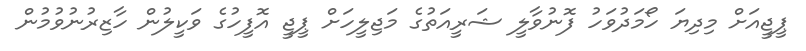
ޕީޖީއަށް މިދިޔަ ހޯމަދުވަހު ފޮނުވާލީ ޝަރީއަތުގެ މަޖިލީހަށް ޕީޖީ އޮފީހުގެ ވަކީލުން ހާޒިރުނުވުމުން